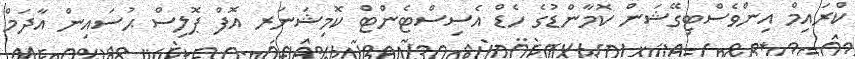
ކްރައިމް އިންވެސްޓިގޭޝަން ކޮމާންޑުގެ ހެޑް އެސިސްޓެންޓް ކޮމިޝަނަރ އޮފް ޕޮލިސް ޙުސައިން އާދަމް